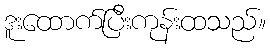
ဒူးထောက်ပြီးကုန်းထသည်။